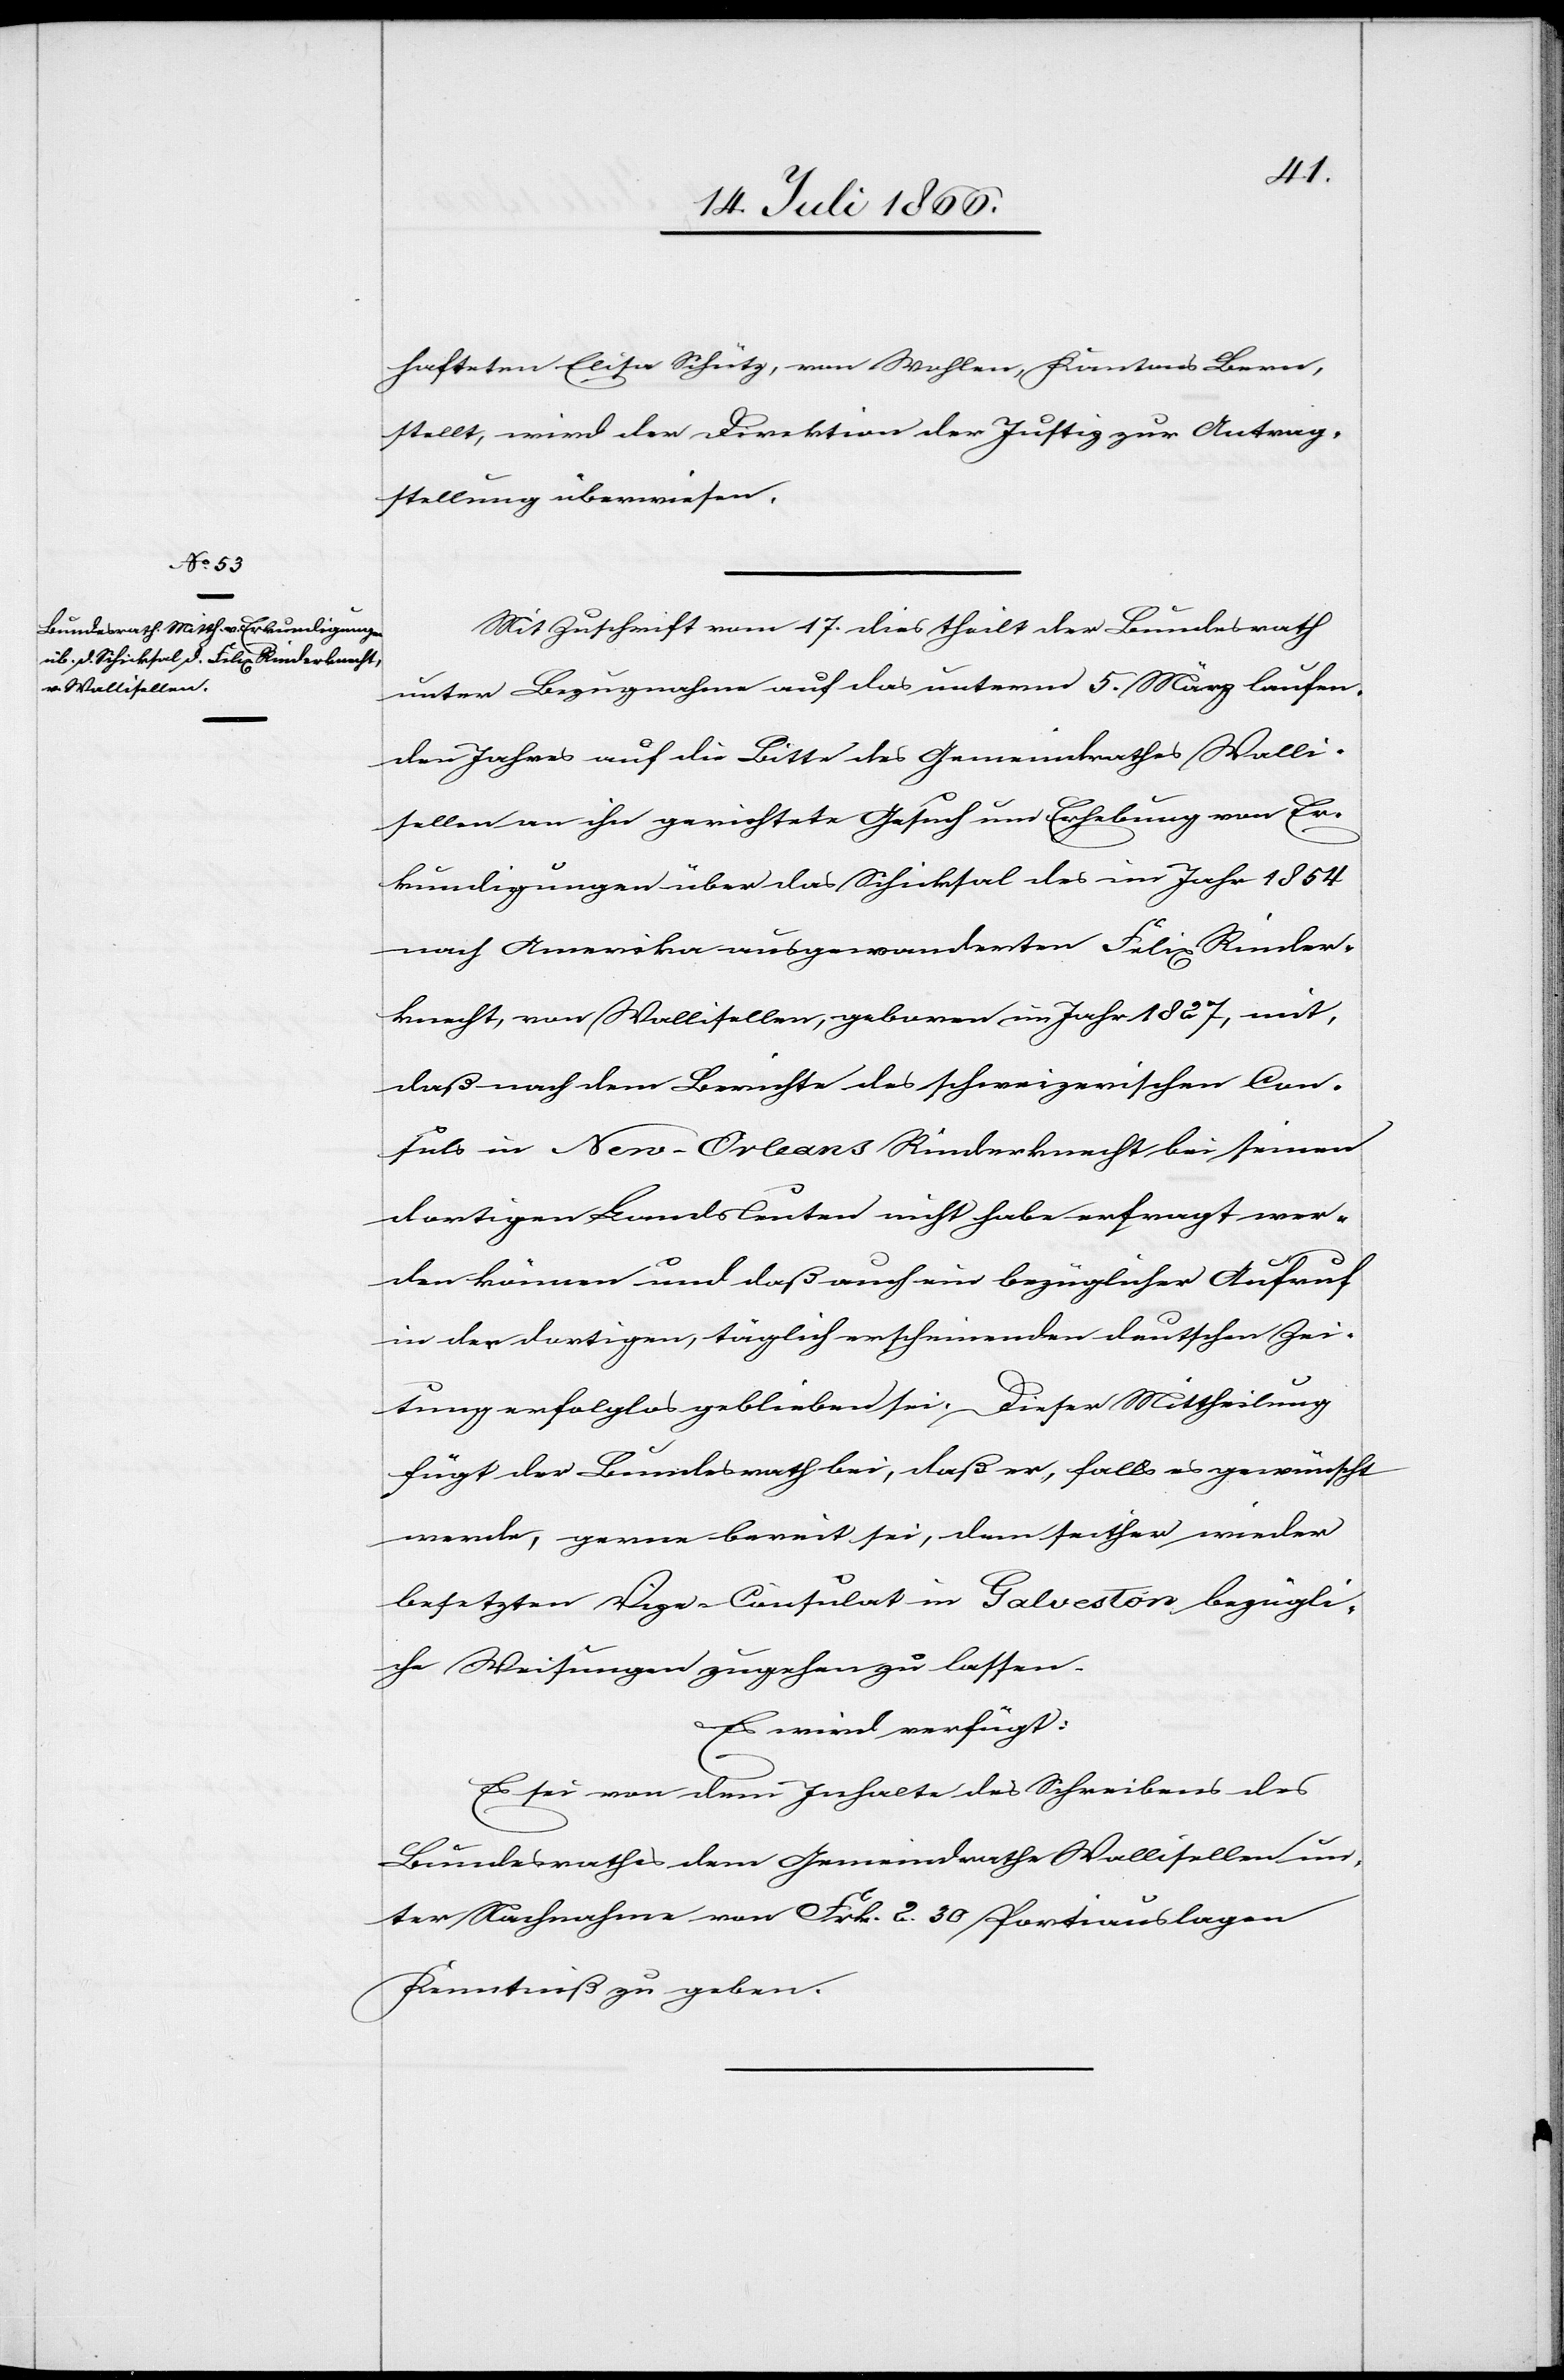
21. Juli 1866.]
hafteten Elise Schütz, von Wohlen, Kantons Bern,
stellt, wird der Direktion der Justiz zur Antrag¬
stellung überwiesen.
Mit Zuschrift vom 17. dies theilt der Bundesrath
unter Bezugnahme auf das unterm 5. März laufen¬
den Jahres auf die Bitte des Gemeindrathes Walli¬
sellen an ihn gerichtete Gesuch um Erhebung von Er¬
kundigungen über das Schicksal des im Jahr 1854
nach Amerika ausgewanderten Felix Rinder¬
knecht, von Wallisellen, geboren im Jahr 1827, mit,
daß nach dem Berichte des schweizerischen Con¬
suls in New-Orleans Rinderknecht bei seinen
dortigen Landsleuten nicht habe erfragt wer¬
den können und daß auch ein bezüglicher Aufruf
in der dortigen, täglich erscheinenden deutschen Zei¬
tung erfolglos geblieben sei. Dieser Mittheilung
fügt der Bundesrath bei, daß er, falls es gewünscht
werde, gerne bereit sei, dem seither wieder
besetzten Vize-Consulat in Galveston bezügli¬
che Weisungen zugehen zu lassen.